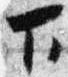
下